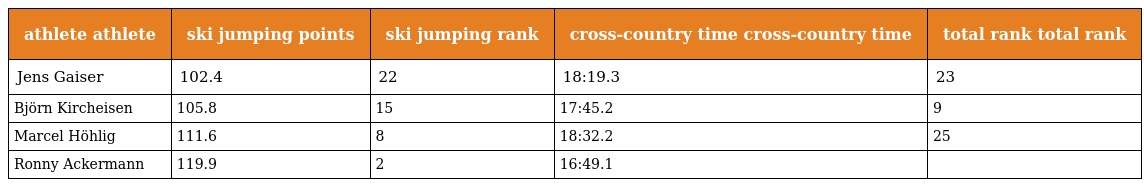
| athlete athlete | ski jumping points | ski jumping rank | cross-country time cross-country time | total rank total rank |
 | --- | --- | --- | --- | --- |
 | Jens Gaiser | 102.4 | 22 | 18:19.3 | 23 |
 | Björn Kircheisen | 105.8 | 15 | 17:45.2 | 9 |
 | Marcel Höhlig | 111.6 | 8 | 18:32.2 | 25 |
 | Ronny Ackermann | 119.9 | 2 | 16:49.1 |  |